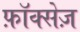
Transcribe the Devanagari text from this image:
फ़ॉक्सेज़